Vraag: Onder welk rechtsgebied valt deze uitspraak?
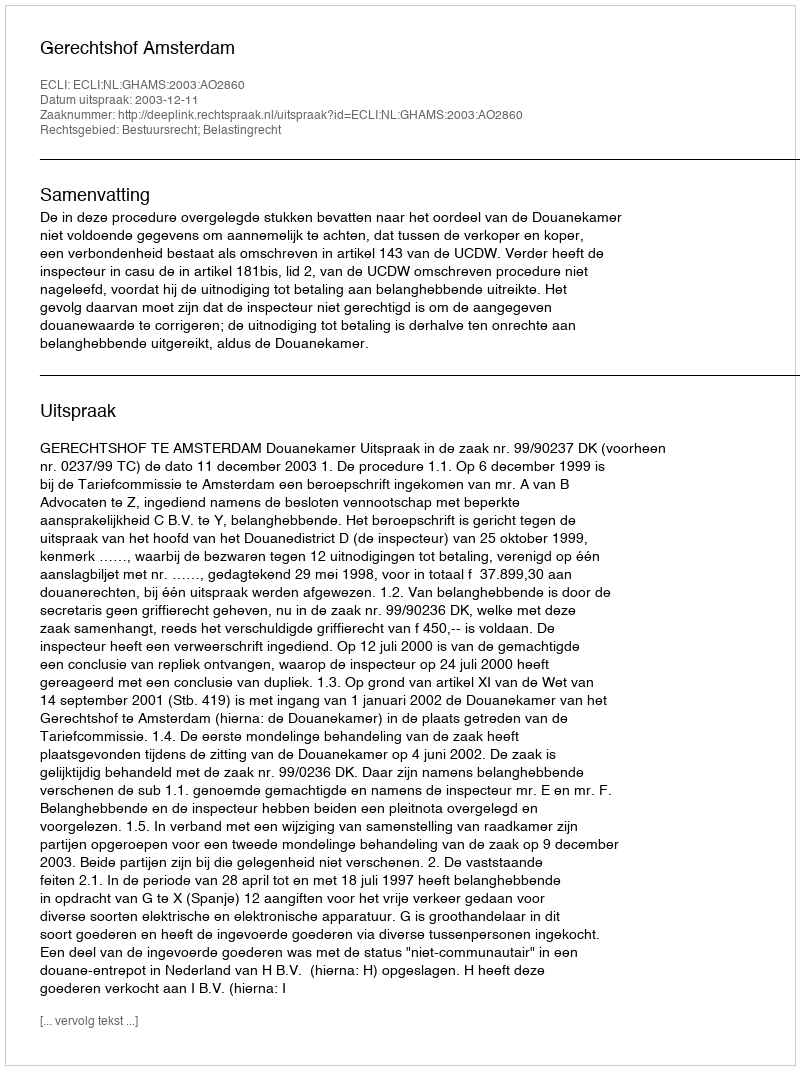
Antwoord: Bestuursrecht; Belastingrecht